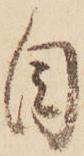
目